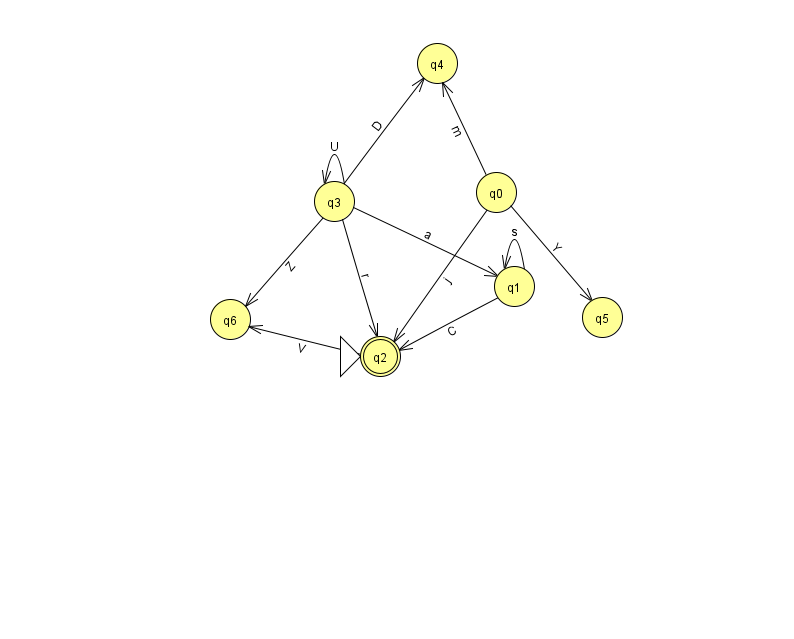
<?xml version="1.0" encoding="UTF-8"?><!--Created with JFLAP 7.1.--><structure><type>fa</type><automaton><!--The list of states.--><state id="0" name="q0"><x>496.0</x><y>179.0</y></state><state id="1" name="q1"><x>514.0</x><y>273.0</y></state><state id="2" name="q2"><x>380.0</x><y>343.0</y><initial/><final/></state><state id="3" name="q3"><x>334.0</x><y>188.0</y></state><state id="4" name="q4"><x>437.0</x><y>50.0</y></state><state id="5" name="q5"><x>602.0</x><y>304.0</y></state><state id="6" name="q6"><x>230.0</x><y>306.0</y></state><!--The list of transitions.--><transition><from>0</from><to>4</to><read>m</read></transition><transition><from>3</from><to>2</to><read>r</read></transition><transition><from>1</from><to>2</to><read>C</read></transition><transition><from>1</from><to>1</to><read>s</read></transition><transition><from>3</from><to>1</to><read>a</read></transition><transition><from>0</from><to>5</to><read>Y</read></transition><transition><from>3</from><to>4</to><read>D</read></transition><transition><from>3</from><to>6</to><read>Z</read></transition><transition><from>0</from><to>2</to><read>j</read></transition><transition><from>3</from><to>3</to><read>U</read></transition><transition><from>2</from><to>6</to><read>V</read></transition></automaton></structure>